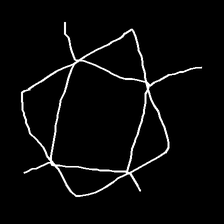
Glyph: light